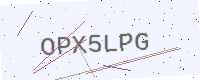
Text: OPX5LPG